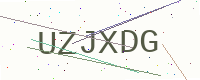
Text: UZJXDG